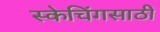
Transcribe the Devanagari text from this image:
स्केचिंगसाठी